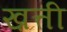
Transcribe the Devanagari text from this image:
ख़त्ती